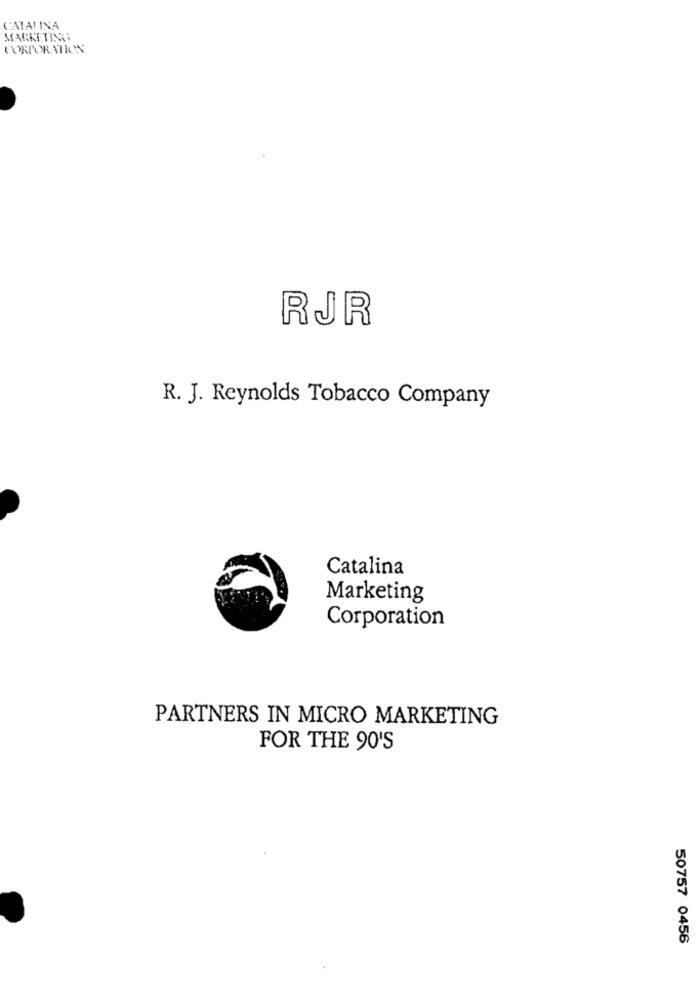
CATALINA
MARKETING
CORPORATION
RJR
R. J. Reynolds Tobacco Company
Catalina
Marketing
Corporation
PARTNERS IN MICRO MARKETING
FOR THE 90'S
50757 0456